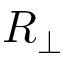
R _ { \perp }